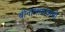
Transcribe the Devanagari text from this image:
बीनालाकवामी